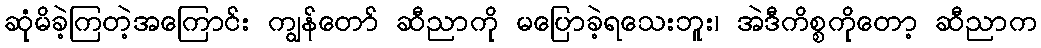
ဆုံမိခဲ့ကြတဲ့အကြောင်း ကျွန်တော် ဆီညာကို မပြောခဲ့ရသေးဘူး၊ အဲဒီကိစ္စကိုတော့ ဆီညာက